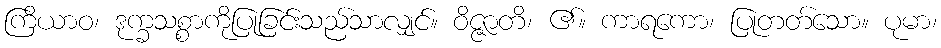
ကြိယာဝ၊ ဒုက္ခသစ္စာကိုပြုခြင်းသည်သာလျှင်။ ဝိဇ္ဇာတိ၊ ၏။ ကာရကော၊ ပြုတတ်သော။ ပုမာ၊